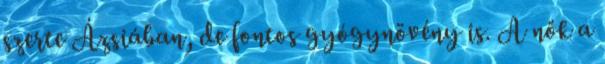
szerte Ázsiában, de fontos gyógynövény is. A nők a